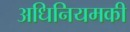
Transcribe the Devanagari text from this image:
अधिनियमकी